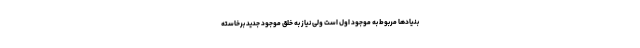
بنیادها مربوط به موجود اول است ولی نیاز به خلق موجود جدید برخاسته